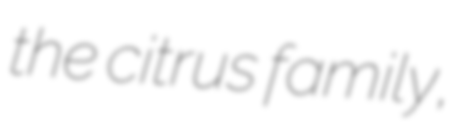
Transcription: the citrus family,